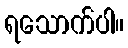
ရသောက်ပါ။